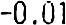
-0.01